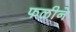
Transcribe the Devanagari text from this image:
फळीने